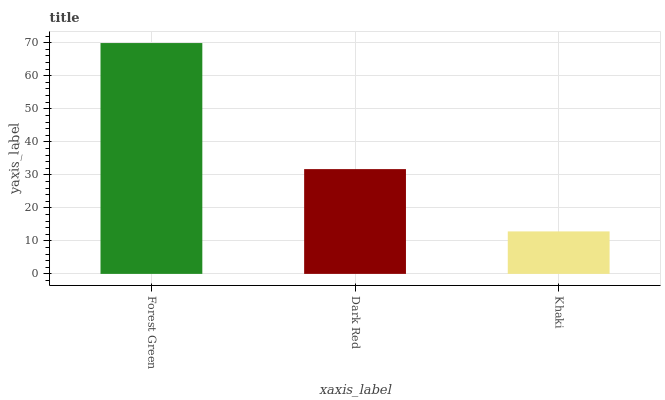
| xaxis_label | bars |
 | --- | --- |
 | Forest Green | 69.9 |
 | Dark Red | 31.7 |
 | Khaki | 12.9 |